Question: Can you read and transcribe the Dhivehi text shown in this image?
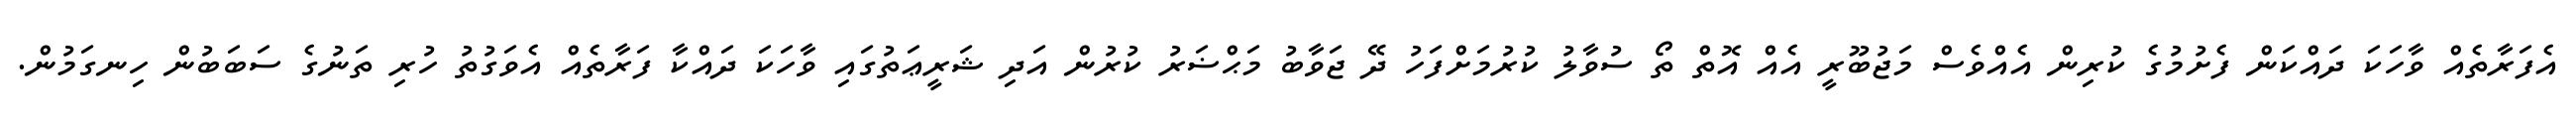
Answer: އެފަރާތެއް ވާހަކަ ދައްކަން ފެށުމުގެ ކުރިން އެއްވެސް މަޖުބޫރީ އެއް އޮތް ތޯ ސުވާލު ކުރުމަށްފަހު ދޭ ޖަވާބު މަޙްޟަރު ކުރުން އަދި ޝަރީޢަތުގައި ވާހަކަ ދައްކާ ފަރާތެއް އެވަގުތު ހުރި ތަނުގެ ސަބަބުން ހިނގަމުން.